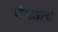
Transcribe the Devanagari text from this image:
जेलख़ाना